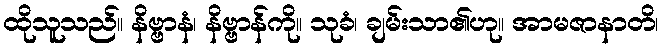
ထိုသူသည်။ နိဗ္ဗာနံ၊ နိဗ္ဗာန်ကို။ သုခံ၊ ချမ်းသာ၏ဟု။ အာမဇာနာတိ၊